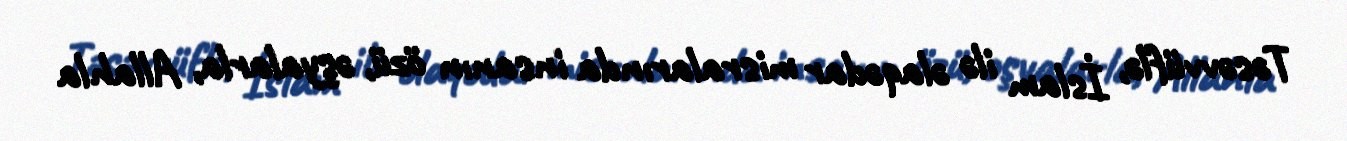
Təsəvvüflə, İslam ilə əlaqədar misralarında insanın özü, əşyalarla, Allahla